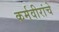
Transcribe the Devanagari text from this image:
कर्मवीरांचे